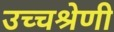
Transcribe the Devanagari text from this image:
उच्चश्रेणी